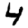
Digit: 4